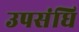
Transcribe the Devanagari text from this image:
उपसंधि